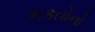
ભકતોનો